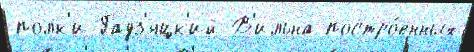
полк'и Гадз'яцк'ий В'ильна постро́енных